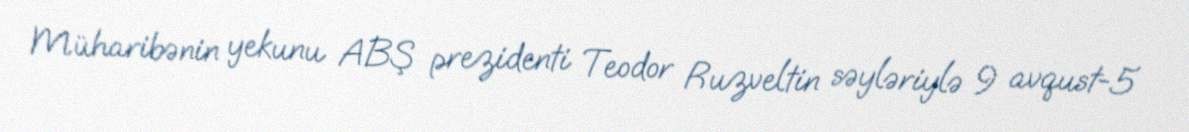
Müharibənin yekunu ABŞ prezidenti Teodor Ruzveltin səyləriylə 9 avqust-5